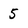
Character: 5